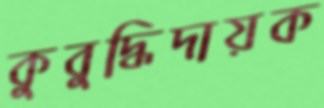
কুবুদ্ধিদায়ক